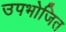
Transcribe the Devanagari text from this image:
उपभोजित